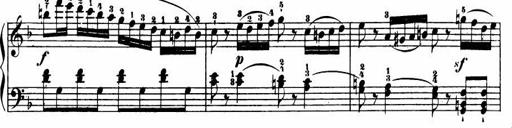
Title: Le bouquetier
Composer: Anton Diabelli
Key: G major
 C major
 F major
 C major